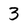
Character: 3